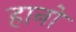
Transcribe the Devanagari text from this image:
हानो